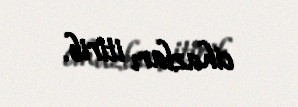
cihazları itirib.